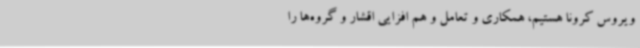
ویروس کرونا هستیم، همکاری و تعامل و هم افزایی اقشار و گروه‌ها را